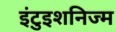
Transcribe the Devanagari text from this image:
इंटुइशनिज्म